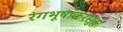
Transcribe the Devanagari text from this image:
रंगभूषाकरसुद्धा